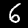
Label: 6